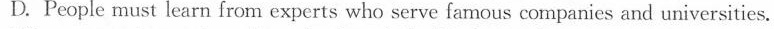
D.People must learn from experts who serve famous companies and universities.